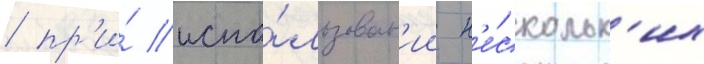
/ пр'и́ испо́льзован'ии н'е́скольк'их